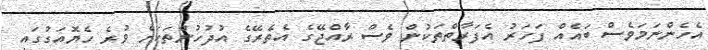
އެހެންނަމަވެސް ބައެއް ފަހަރު އެފަރާތްތަކުން ވެސް ރާއްޖޭގެ އެތެރޭގެ އުދުހުންތަކަށް ވުރެ ހެޔޮއަގުގައި